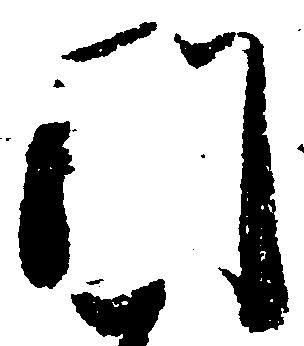
門